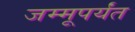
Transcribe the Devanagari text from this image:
जम्मूपर्यंत